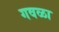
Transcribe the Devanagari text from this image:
गवळा